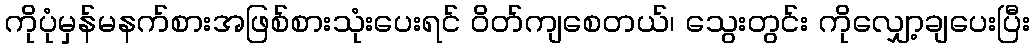
ကိုပုံမှန်မနက်စားအဖြစ်စားသုံးပေးရင် ဝိတ်ကျစေတယ်၊ သွေးတွင်း ကိုလျှော့ချပေးပြီး